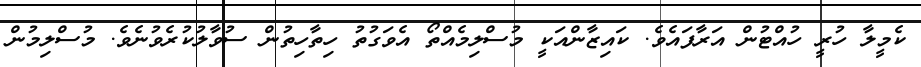
ކެމީލާ ހުރީ ހުއްޓުން އަރާފައެވެ. ކައިޒާންއަކީ މުސްލިމެއްތޯ އެވަގުތު ހިތާހިތުން ސުވާލުކުރެވުނެވެ. މުސްލިމުން